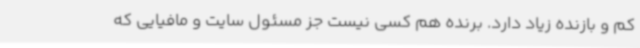
کم و بازنده زیاد دارد. برنده هم کسی نیست جز مسئول سایت و مافیایی که